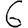
Digit: 6